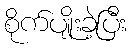
စိုက်ပျိုးခဲ့ပြီး